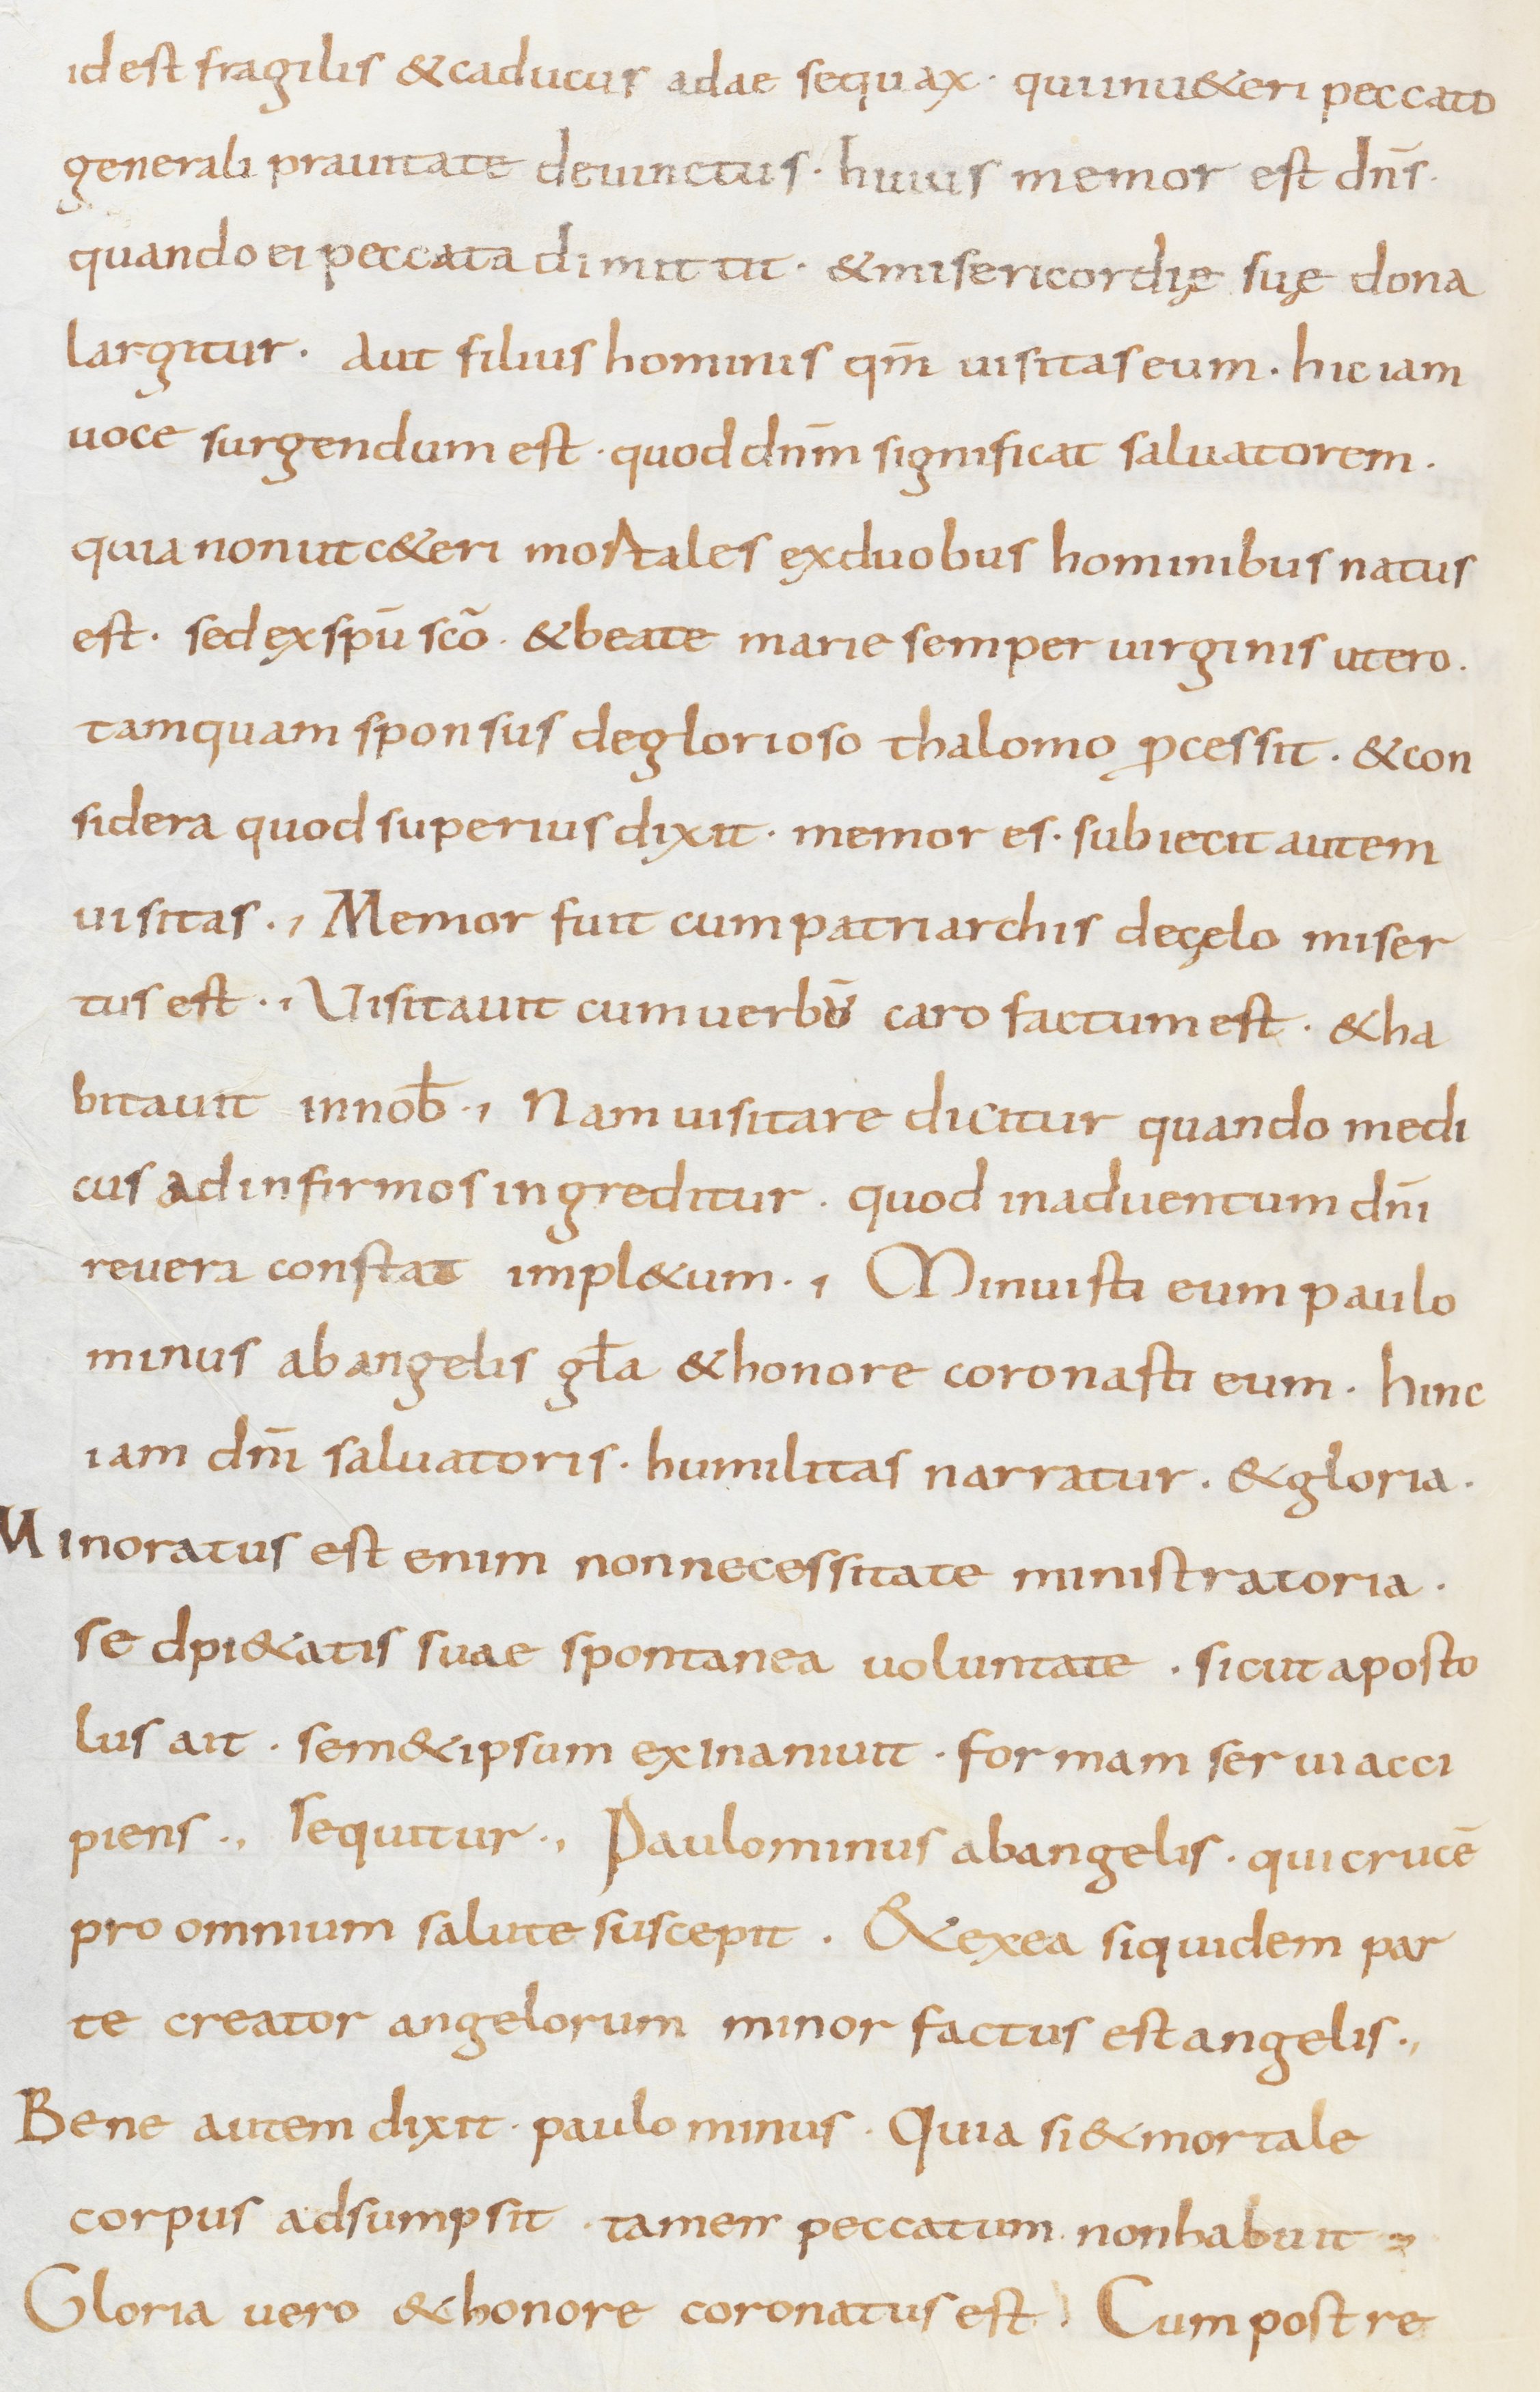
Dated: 800–849